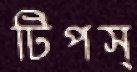
টিপস্